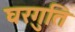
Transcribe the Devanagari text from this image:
घरगुति